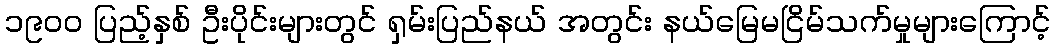
၁၉၀၀ ပြည့်နှစ် ဦးပိုင်းများတွင် ရှမ်းပြည်နယ် အတွင်း နယ်မြေမငြိမ်သက်မှုများကြောင့်